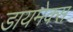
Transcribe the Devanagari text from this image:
डायमेक्स